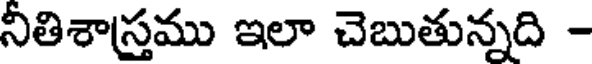
నీతిశాస్త్రము ఇలా చెబుతున్నది -